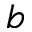
b